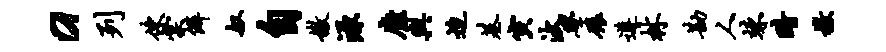
a列使棠僻奴自嫩源靡舆迨基寅汰学碾遵林勘人竦暗檄